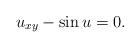
LaTeX: \begin{align*} u_{x y} - \sin u =0.\end{align*}